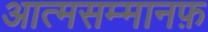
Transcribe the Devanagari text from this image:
आत्मसम्मानफ़